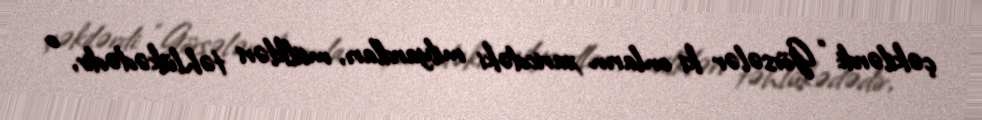
çəkilərdi: “Görsələr ki onların xaricdəki milyardları, mülkləri təhlükədədir, o